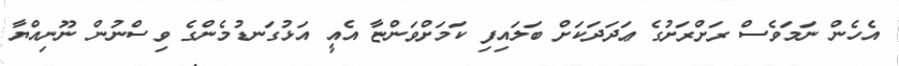
އެހެން ނަމަވެސް ރަށްރަށުގެ ޢަދަދަކަށް ބަލައިފި ކަމަށްވަންޏާ އެއީ އަޅުގަނޑުމެންގެ ވިސްނުން ނޫނިއްޔާ